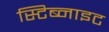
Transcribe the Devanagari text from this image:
स्टिब्नाइट